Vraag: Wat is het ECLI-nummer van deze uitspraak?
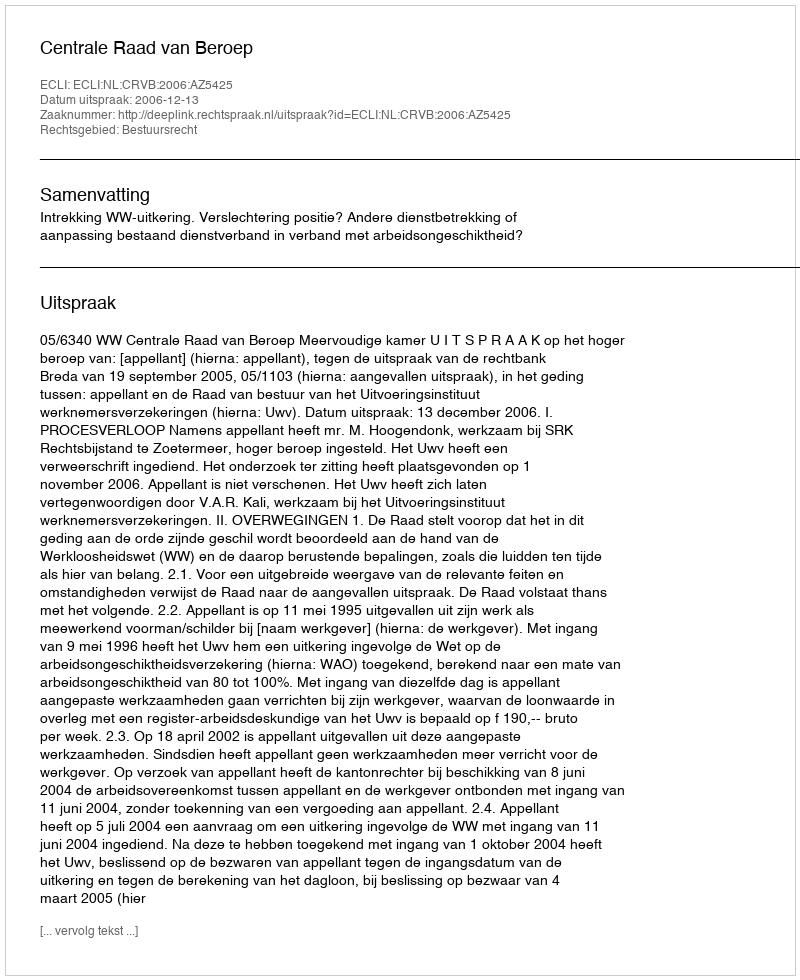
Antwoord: ECLI:NL:CRVB:2006:AZ5425